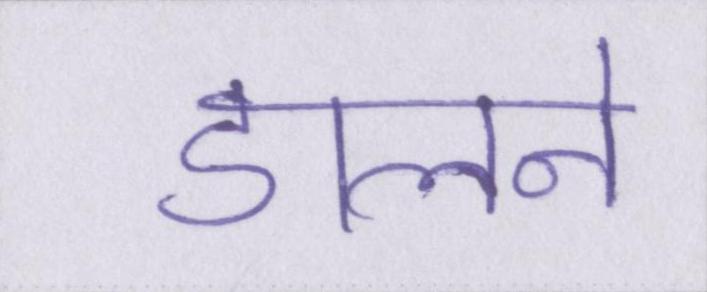
डालने